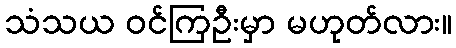
သံသယ ဝင်ကြဦးမှာ မဟုတ်လား။